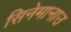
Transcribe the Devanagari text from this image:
सिनेमानाउ